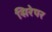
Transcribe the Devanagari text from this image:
सिरेपर